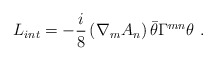
\begin{align*}L_{int} = -\frac{i}{8} \left({\nabla}_{m} {A_n} \right) \bar{\theta} {\Gamma}^{mn} {\theta}\ .\end{align*}